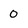
Character: 0